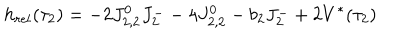
LaTeX: h _ { r e l } ( \tau _ { 2 } ) = - 2 J _ { 2 , 2 } ^ { 0 } J _ { 2 } ^ { - } - 4 J _ { 2 , 2 } ^ { 0 } - b _ { 2 } J _ { 2 } ^ { - } + 2 V ^ { * } ( \tau _ { 2 } )